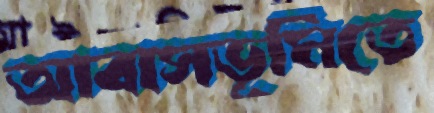
আবাসভূমিতে